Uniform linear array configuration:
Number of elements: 8
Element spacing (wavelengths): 0.75
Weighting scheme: kaiser
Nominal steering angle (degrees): -60
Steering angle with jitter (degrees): -61.877
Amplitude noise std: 0.05
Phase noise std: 0.05

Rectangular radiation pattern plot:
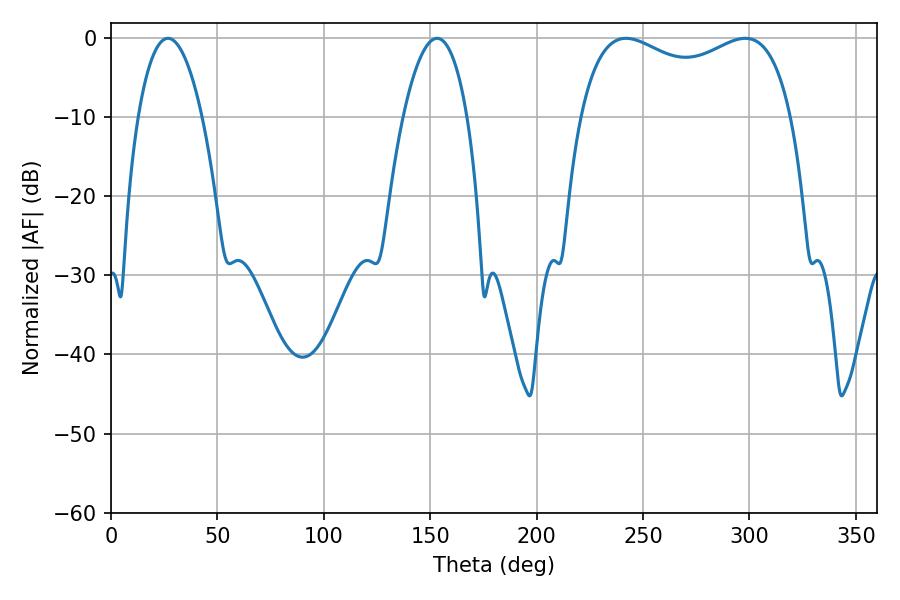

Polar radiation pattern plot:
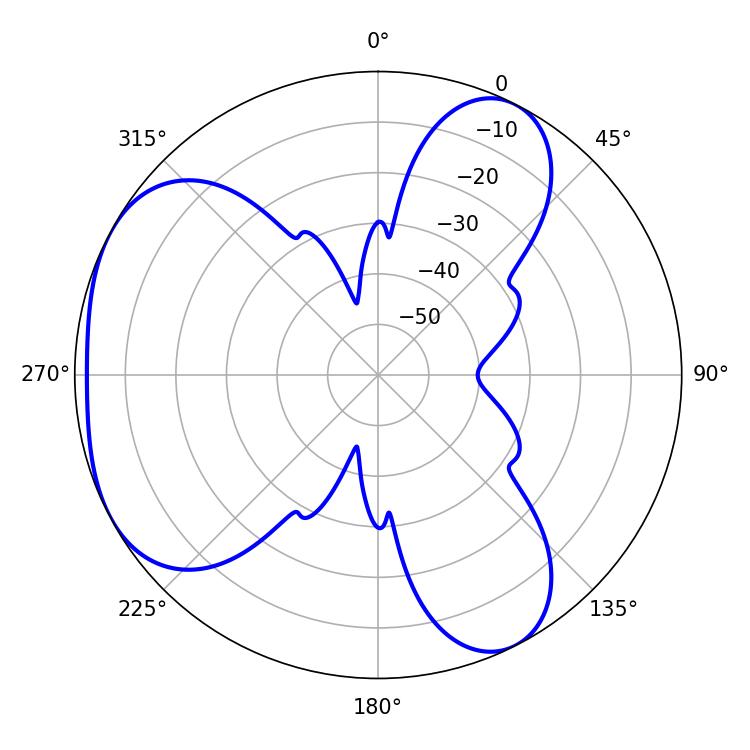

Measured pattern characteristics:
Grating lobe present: TRUE
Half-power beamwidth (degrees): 82.44
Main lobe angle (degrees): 241.92